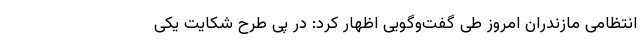
انتظامی مازندران امروز طی گفت‌وگویی اظهار کرد: در پی طرح شکایت یکی